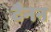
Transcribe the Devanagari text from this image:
टैनन